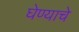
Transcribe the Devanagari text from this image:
घेण्‍याचे